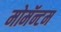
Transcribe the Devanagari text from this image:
मोमॅन्टम